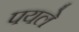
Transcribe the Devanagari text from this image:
पयले